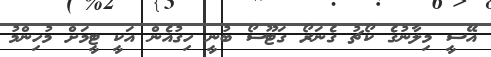
އޭސީ މިލާނުގެ ކޯޗު ގެނަރޯ ގަޓޫސޯ ބުނީ ހިގުއެން އަކީ ޓީމަށް މުހިންމު